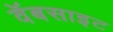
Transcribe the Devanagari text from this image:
वॅबसाइट